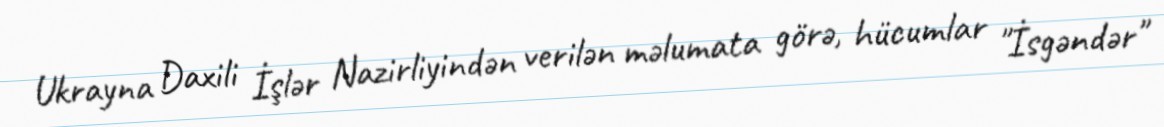
Ukrayna Daxili İşlər Nazirliyindən verilən məlumata görə, hücumlar "İsgəndər"